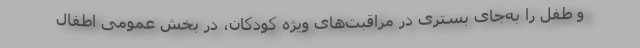
و طفل را به‌جای بستری در مراقبت‌های ویژه کودکان، در بخش عمومی اطفال